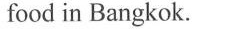
food in Bangkok.